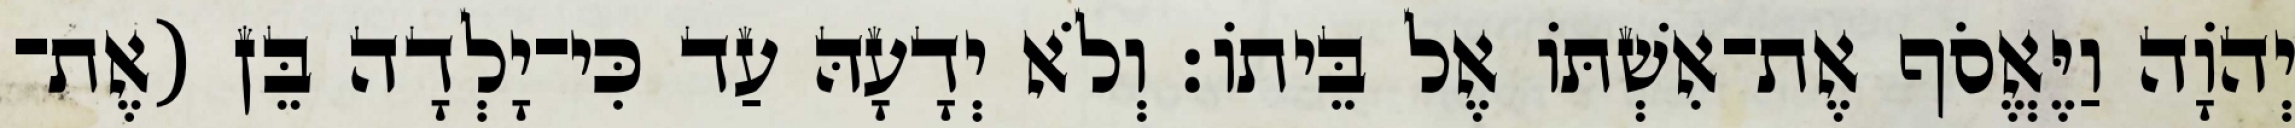
יְהוָֹה וַיֶּאֱסֹף אֶת־אִשְׁתּוֹ אֶל בֵּיתוֹ׃ וְלֹא יְדָעָהּ עַד כִּי־יָלְדָה בֵּן (אֶת־